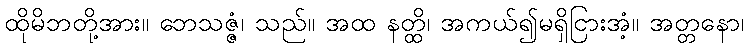
ထိုမိဘတို့အား။ ဘေသဇ္ဇံ၊ သည်။ အထ နတ္ထိ၊ အကယ်၍မရှိငြားအံ့။ အတ္တနော၊